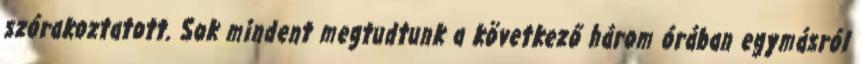
szórakoztatott. Sok mindent megtudtunk a következő három órában egymásról